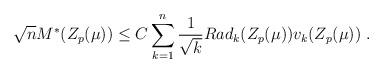
LaTeX: \begin{align*} \sqrt{n} M^*(Z_p(\mu)) \leq C \sum_{k=1}^n \frac{1}{\sqrt{k}} Rad_k(Z_p(\mu)) v_k(Z_p(\mu)) ~.\end{align*}